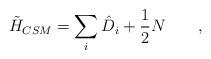
LaTeX: \begin{align*}\tilde{H}_{CSM} = \sum_i \hat{D}_i + \frac{1}{2} N \qquad,\end{align*}